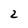
Character: 2